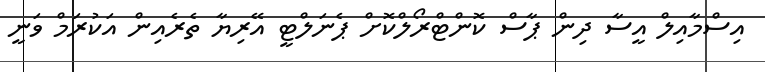
އިސްމާއިލް އީސާ ދިން ޕާސް ކޮންޓްރޯލްކޮށް ޕެނަލްޓީ އޭރިޔާ ތެރެއިން އަކުރަމް ވަނީ